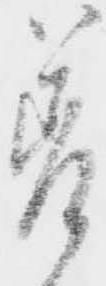
差